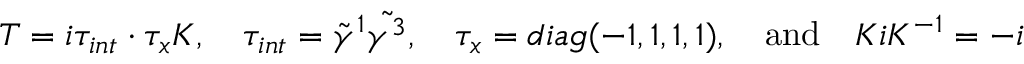
T = i \tau _ { i n t } \cdot \tau _ { x } K , \quad \tau _ { i n t } = \tilde { \gamma } ^ { 1 } \tilde { \gamma ^ { 3 } } , \quad \tau _ { x } = d i a g ( - 1 , 1 , 1 , 1 ) , \quad \mathrm { a n d } \quad K i K ^ { - 1 } = - i